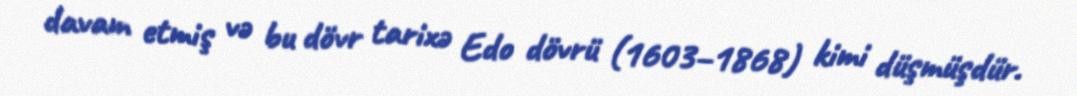
davam etmiş və bu dövr tarixə Edo dövrü (1603–1868) kimi düşmüşdür.